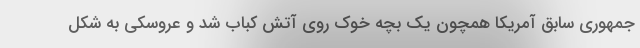
جمهوری سابق آمریکا همچون یک بچه خوک روی آتش کباب شد و عروسکی به شکل